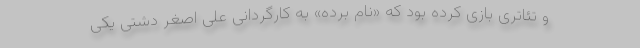
و تئاتری بازی کرده بود که «نام برده» به کارگردانی علی اصغر دشتی یکی